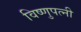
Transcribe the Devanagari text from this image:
विष्णुपत्नी